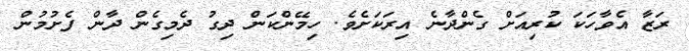
ރަޒާ އެވާހަކަ ކުރިއަށް ގެންދާނެ އިރަކަށެވެ. ހިމޭންކަން ދިގު ދެމިގެން ދާން ފެށުމުން